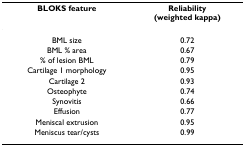
| BLOKS feature | Reliability(weighted kappa) |
 | --- | --- |
 | BML size | 0.72 |
 | BML % area | 0.67 |
 | % of lesion BML | 0.79 |
 | Cartilage 1 morphology | 0.95 |
 | Cartilage 2 | 0.93 |
 | Osteophyte | 0.74 |
 | Synovitis | 0.66 |
 | Effusion | 0.77 |
 | Meniscal extrusion | 0.95 |
 | Meniscus tear/cysts | 0.99 |